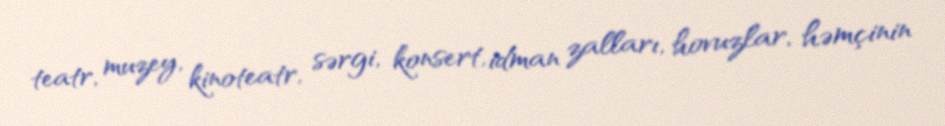
teatr, muzey, kinoteatr, sərgi, konsert, idman zalları, hovuzlar, həmçinin